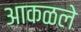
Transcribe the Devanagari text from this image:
आकळले